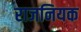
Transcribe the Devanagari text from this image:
राजनियक